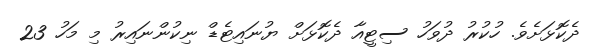
ދެކޮޅަށެވެ. ހުކުރު ދުވަހު ސިޓީއާ ދެކޮޅަށް ޔުނައިޓެޑް ނިކުންނައިރު މި މަހު 23